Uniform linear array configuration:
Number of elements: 4
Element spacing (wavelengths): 0.5
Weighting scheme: uniform
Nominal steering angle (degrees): -15
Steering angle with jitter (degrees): -13.816
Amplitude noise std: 0.05
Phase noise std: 0.05

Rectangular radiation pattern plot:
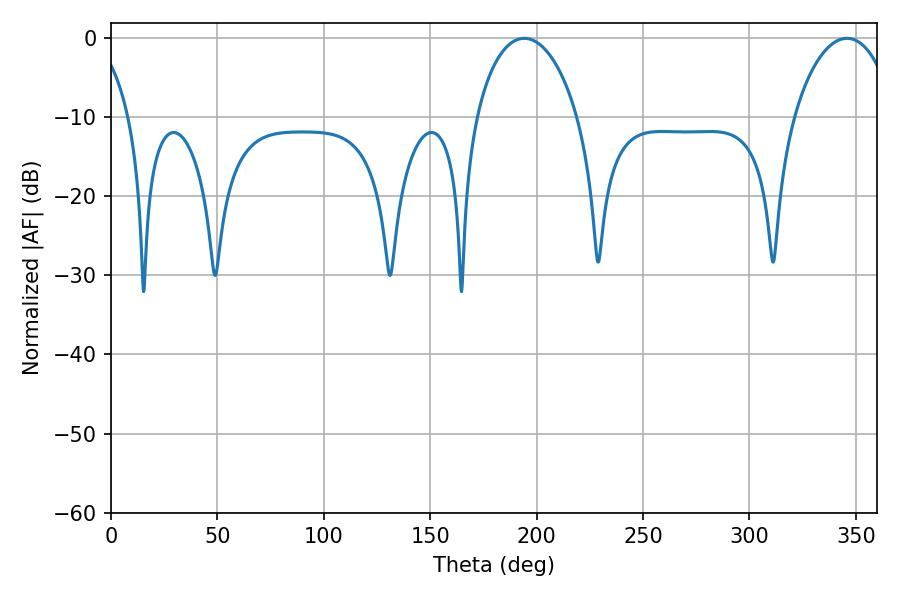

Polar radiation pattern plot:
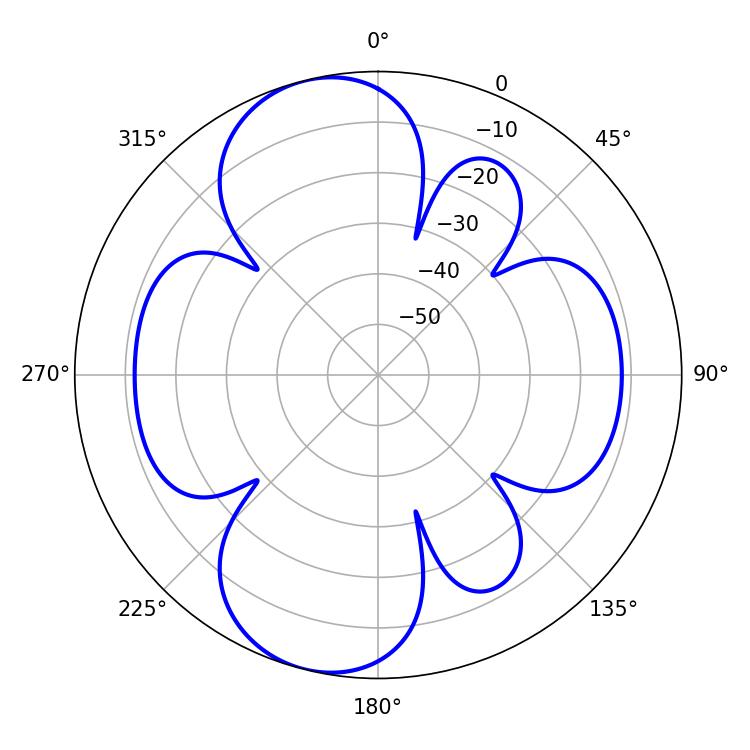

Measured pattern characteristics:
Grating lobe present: FALSE
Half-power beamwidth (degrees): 27.36
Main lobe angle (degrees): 194.22